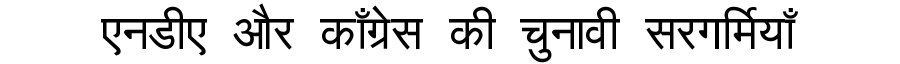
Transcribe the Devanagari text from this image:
एनडीए और काँग्रेस की चुनावी सरगर्मियाँ